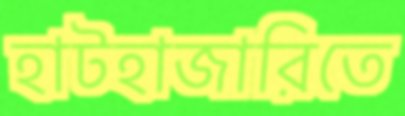
হাটহাজারিতে